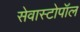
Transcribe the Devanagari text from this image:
सेवास्टोपॉल